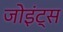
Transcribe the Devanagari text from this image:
जोइंट्स